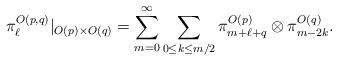
LaTeX: \begin{align*} \pi_\ell^{O(p,q)}|_{O(p)\times O(q)} = \sum_{m=0}^\infty \sum_{0\le k \le m/2}\pi^{O(p)}_{m+\ell + q} \otimes \pi^{O(q)}_{m-2k}.\end{align*}